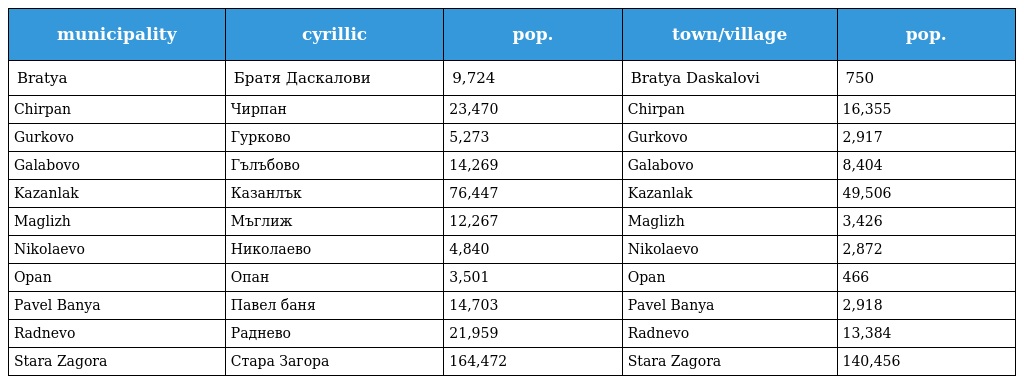
| municipality | cyrillic | pop. | town/village | pop. |
 | --- | --- | --- | --- | --- |
 | Bratya | Братя Даскалови | 9,724 | Bratya Daskalovi | 750 |
 | Chirpan | Чирпан | 23,470 | Chirpan | 16,355 |
 | Gurkovo | Гурково | 5,273 | Gurkovo | 2,917 |
 | Galabovo | Гълъбово | 14,269 | Galabovo | 8,404 |
 | Kazanlak | Казанлък | 76,447 | Kazanlak | 49,506 |
 | Maglizh | Мъглиж | 12,267 | Maglizh | 3,426 |
 | Nikolaevo | Николаево | 4,840 | Nikolaevo | 2,872 |
 | Opan | Опан | 3,501 | Opan | 466 |
 | Pavel Banya | Павел баня | 14,703 | Pavel Banya | 2,918 |
 | Radnevo | Раднево | 21,959 | Radnevo | 13,384 |
 | Stara Zagora | Стара Загора | 164,472 | Stara Zagora | 140,456 |